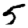
Digit: 5